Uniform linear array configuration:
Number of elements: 16
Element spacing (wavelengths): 0.5
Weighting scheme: uniform
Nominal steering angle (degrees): -30
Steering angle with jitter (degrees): -31.771
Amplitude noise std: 0.05
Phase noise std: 0.05

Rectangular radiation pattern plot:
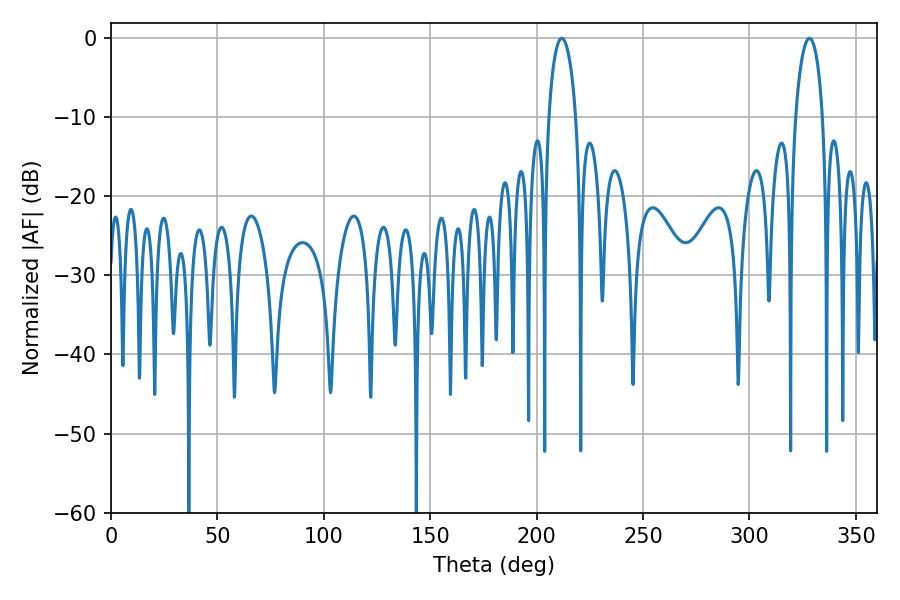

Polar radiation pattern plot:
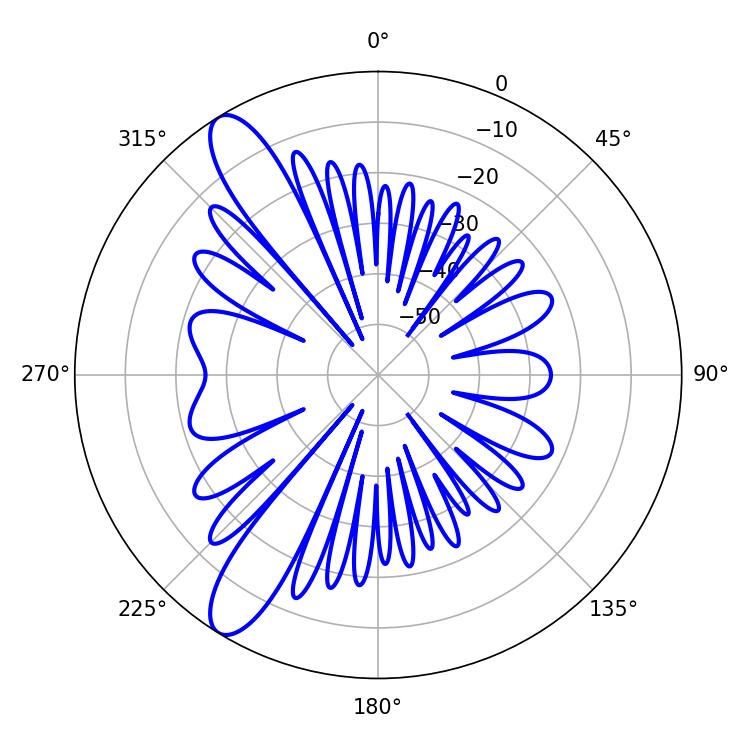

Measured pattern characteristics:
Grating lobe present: FALSE
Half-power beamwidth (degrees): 7.2
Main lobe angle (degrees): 211.86